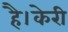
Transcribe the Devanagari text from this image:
है।केरी